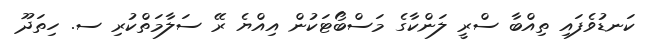
ކަނޑުވެފައި ތިއްބާ ސްރީ ލަންކާގެ މަސްބޯޓަކުން އިއްޔެ ރޭ ސަލާމަތްކުރި ސ. ހިތަދޫ